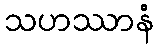
သဟဿာနံ